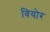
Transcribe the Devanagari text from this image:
वियोर